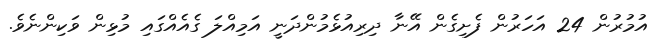
އުމުރުން 24 އަހަރުން ފެށިގެން އޭނާ ދިރިއުޅެމުންދަނީ އަމިއްލަ ގެއެއްގައި މުޅިން ވަކިންނެވެ.